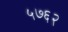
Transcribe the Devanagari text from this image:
५७६२